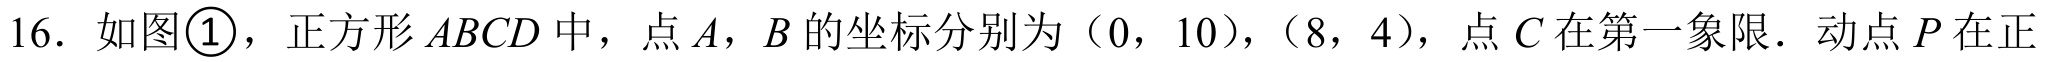
16. 如图\textcircled{1}，正方形\(ABCD\)中，点\(A\)，\(B\)的坐标分别为（0，10），（8，4），点\(C\)在第一象限．动点\(P\)在正